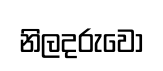
නිලදරුවෝ